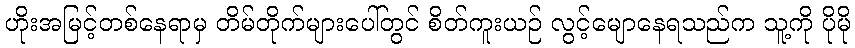
ဟိုးအမြင့်တစ်နေရာမှ တိမ်တိုက်များပေါ်တွင် စိတ်ကူးယဉ် လွင့်မျောနေရသည်က သူ့ကို ပိုမို